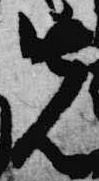
先